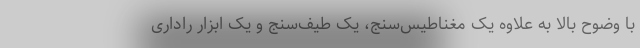
با وضوح بالا به علاوه یک مغناطیس‌سنج، یک طیف‌سنج و یک ابزار راداری